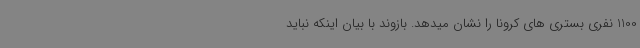
1100 نفری بستری های کرونا را نشان میدهد. بازوند با بیان اینکه نباید